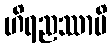
ဟိရညဿာပိ